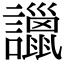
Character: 𧭞